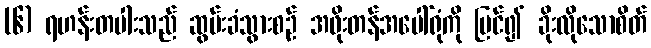
(၆) ရဟန်းတပါးသည် ဆွမ်းခံသွားစဉ် အဖိုးတန်အပေါ်ရုံကို မြင်၍ ခိုးလိုသောစိတ်